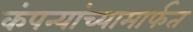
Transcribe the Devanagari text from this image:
कंपन्यांच्यामार्फत